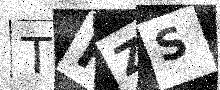
Text: TRZS